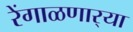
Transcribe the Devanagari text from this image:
रेंगाळणार्‍या